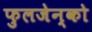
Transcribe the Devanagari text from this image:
फुलजेन्को